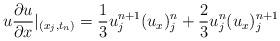
LaTeX: \begin{align*} u\frac{\partial u}{\partial x}|_{(x_j,t_n)}=\frac{1}{3}u_j^{n+1}(u_x)_j^n+\frac{2}{3}u_j^n(u_x)_j^{n+1}\end{align*}